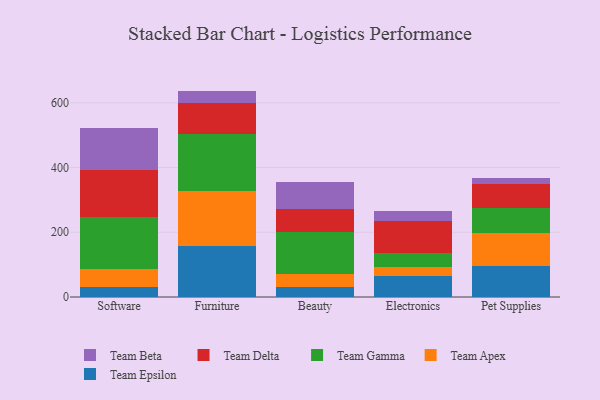
{"axis": {"x": "Category", "y": "Page Views"}, "legend": ["Team Apex", "Team Beta", "Team Delta", "Team Epsilon", "Team Gamma"], "data": [{"x": "Software", "y": 31.9, "type": "Team Epsilon"}, {"x": "Software", "y": 53.6, "type": "Team Apex"}, {"x": "Software", "y": 161.4, "type": "Team Gamma"}, {"x": "Software", "y": 146.1, "type": "Team Delta"}, {"x": "Software", "y": 127.9, "type": "Team Beta"}, {"x": "Furniture", "y": 158.1, "type": "Team Epsilon"}, {"x": "Furniture", "y": 170.7, "type": "Team Apex"}, {"x": "Furniture", "y": 173.8, "type": "Team Gamma"}, {"x": "Furniture", "y": 98.1, "type": "Team Delta"}, {"x": "Furniture", "y": 36.3, "type": "Team Beta"}, {"x": "Beauty", "y": 29.6, "type": "Team Epsilon"}, {"x": "Beauty", "y": 41.9, "type": "Team Apex"}, {"x": "Beauty", "y": 129.1, "type": "Team Gamma"}, {"x": "Beauty", "y": 71.3, "type": "Team Delta"}, {"x": "Beauty", "y": 84.9, "type": "Team Beta"}, {"x": "Electronics", "y": 66.0, "type": "Team Epsilon"}, {"x": "Electronics", "y": 25.5, "type": "Team Apex"}, {"x": "Electronics", "y": 43.2, "type": "Team Gamma"}, {"x": "Electronics", "y": 101.2, "type": "Team Delta"}, {"x": "Electronics", "y": 30.8, "type": "Team Beta"}, {"x": "Pet Supplies", "y": 95.1, "type": "Team Epsilon"}, {"x": "Pet Supplies", "y": 103.6, "type": "Team Apex"}, {"x": "Pet Supplies", "y": 75.8, "type": "Team Gamma"}, {"x": "Pet Supplies", "y": 75.4, "type": "Team Delta"}, {"x": "Pet Supplies", "y": 17.1, "type": "Team Beta"}]}